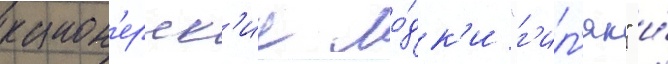
канон'ерск'ие ло́дк'и "г'ил'як" и́